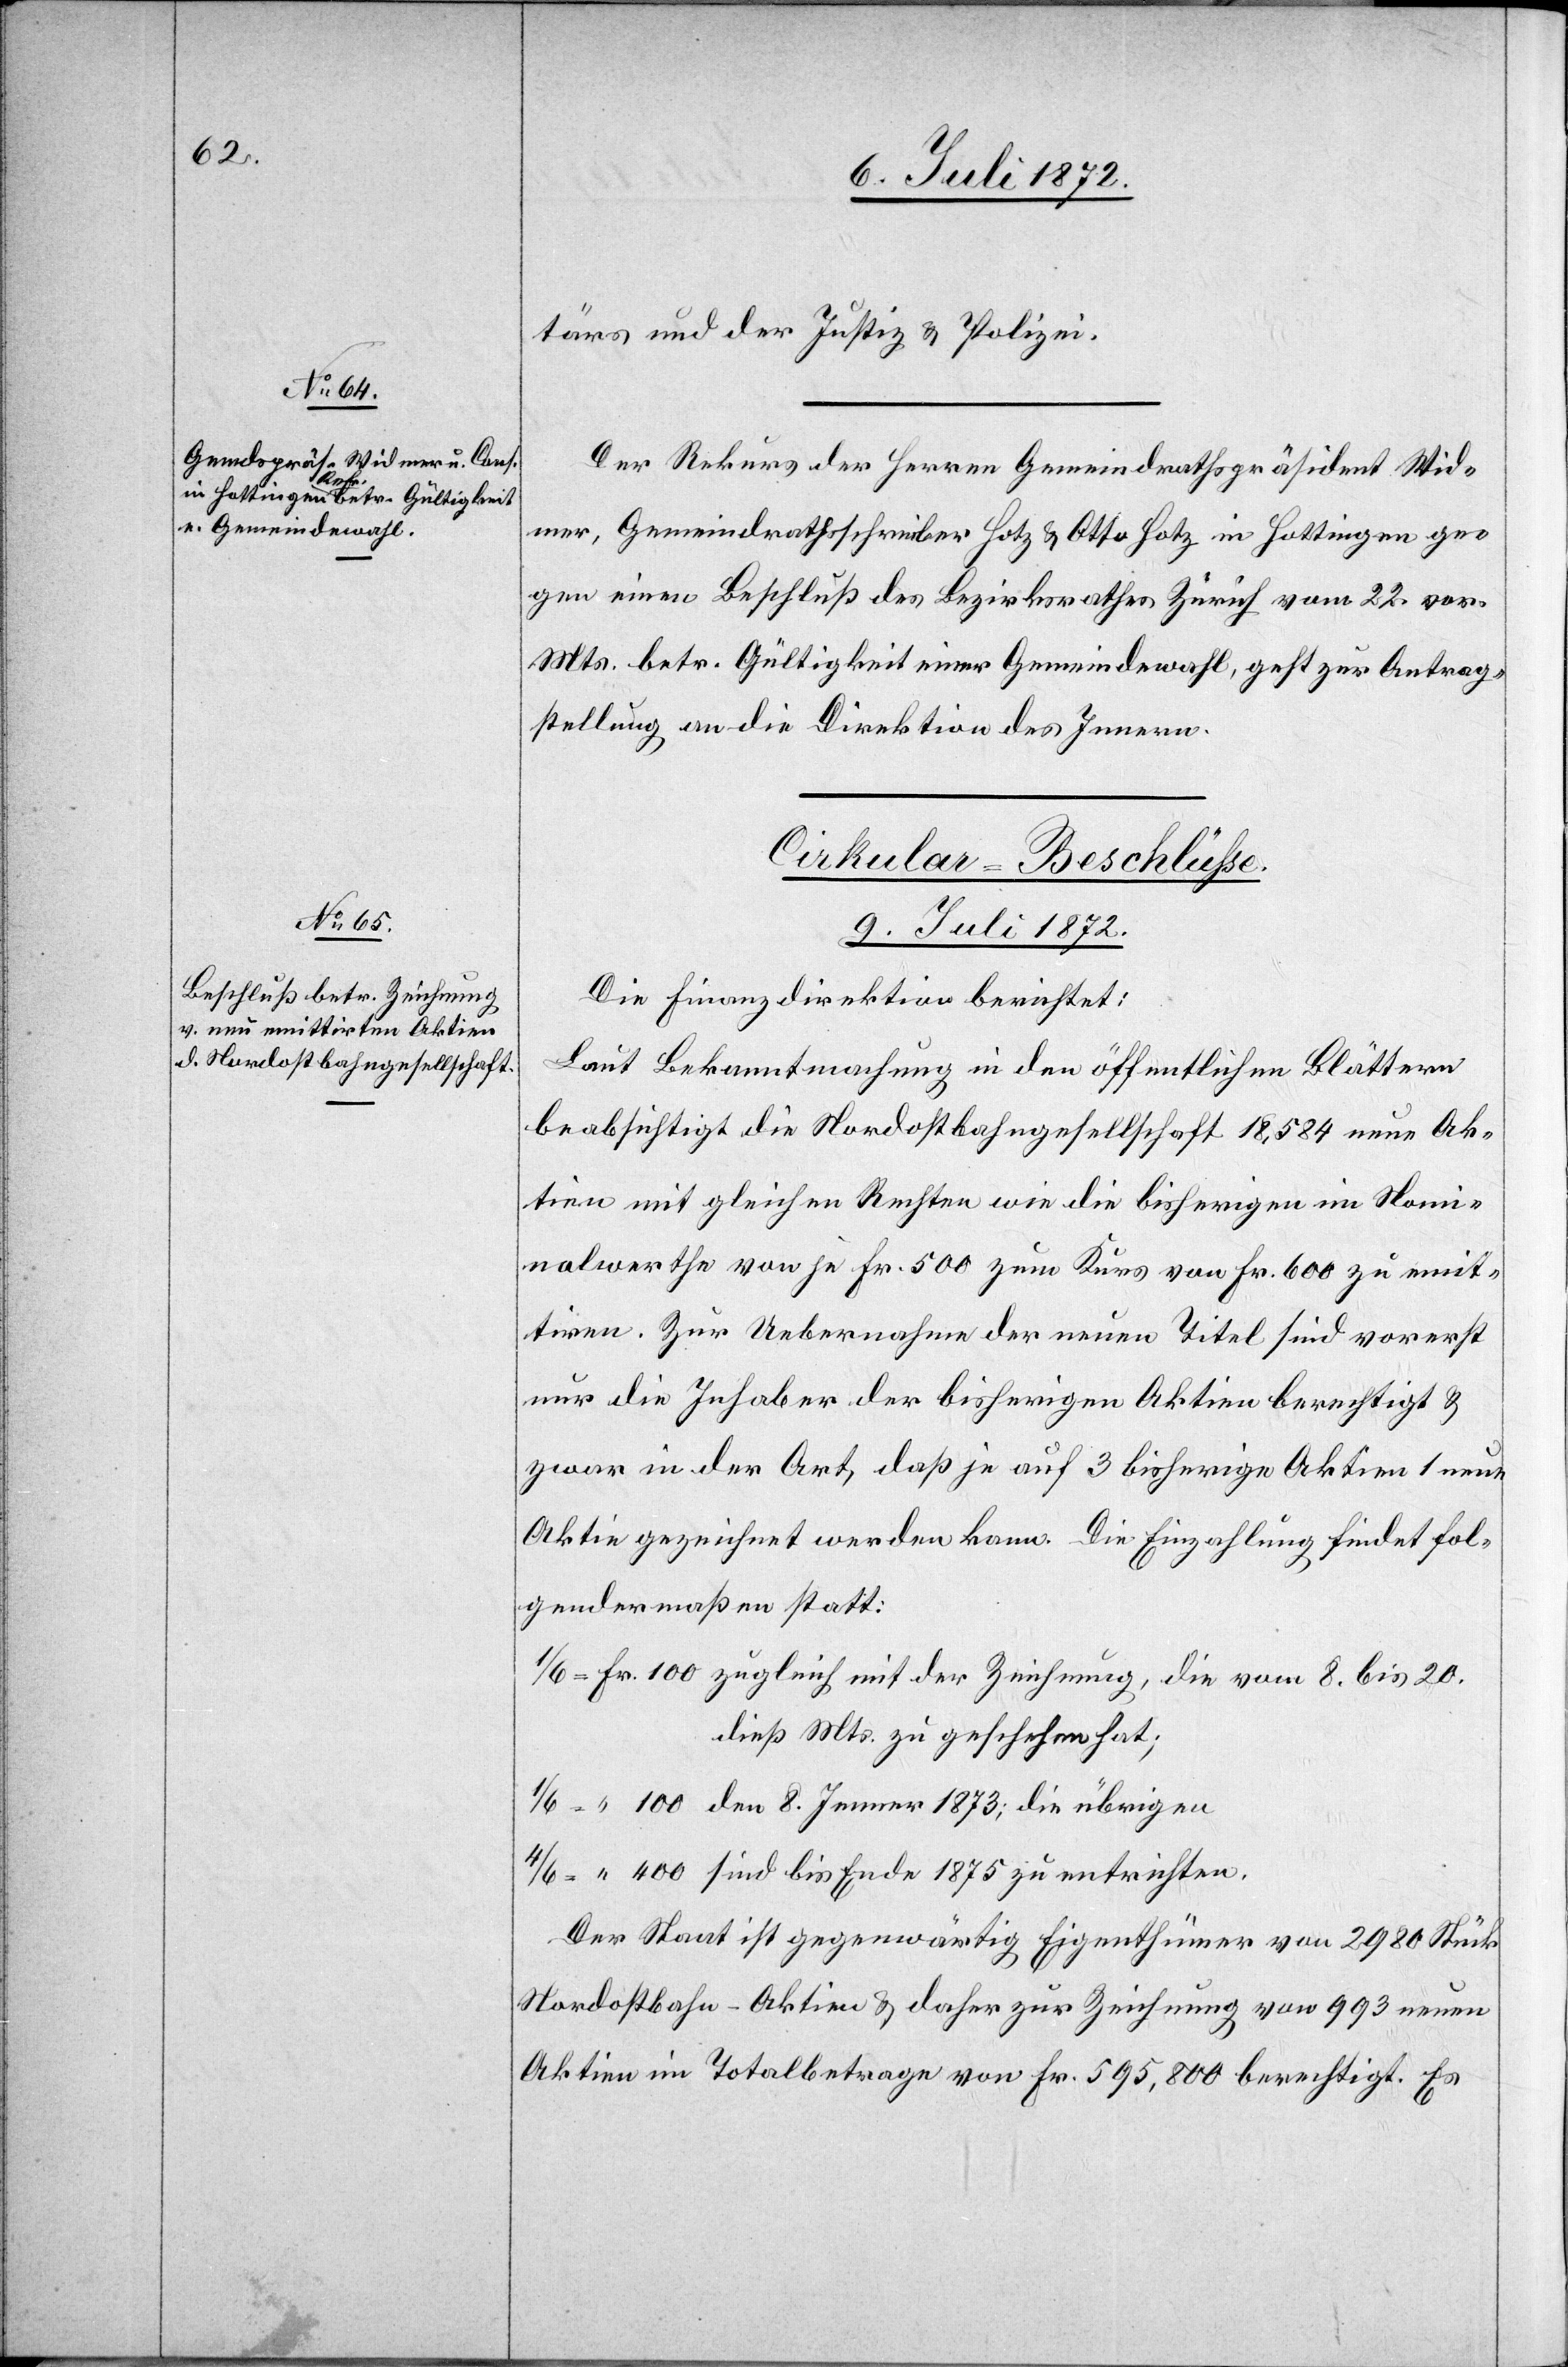
bis

8. Jenner 1873;
tärs und der Justiz u. Polizei.
Der Rekurs der Herren Gemeindrathspräsident Wid¬
mer, Gemeindrathsschreiber Hotz u. Otto Hotz in Hottingen ge¬
gen einen Beschluß des Bezirksrathes Zürich vom 22. vor.
Mts. betr. Gültigkeit einer Gemeindwahl, geht zur Antrag¬
stellung an die Direktion des Innern.
Cirkular-Beschlüsse.
9. Juli 1872.
Die Finanzdirektion berichtet:
Laut Bekanntmachung in den öffentlichen Blättern
beabsichtigt die Nordostbahngesellschaft 18,584 neue Ak¬
tien mit gleichen Rechten wie die bisherigen im Nomi¬
nalwerthe von je Fr. 500 zum Kurs von Fr. 600 zu emit¬
tiren. Zur Uebernahme der neuen Titel sind vorerst
nur die Inhaber der bisherigen Aktien berechtigt u.
zwar in der Art, daß je auf 3 bisherige Aktien 1 neue
Aktie gezeichnet werden kann. Die Einzahlung findet fol¬
gendermaßen statt:
die vom 8. bis 20.
dieß Mts. zu geschehen hat;
Der Staat ist gegenwärtig Eigenthümer von 2980 Stück
Nordostbahn-Aktien u. daher zur Zeichnung von 993 neuen
Aktien im Totalbetrage von Fr. 595,800 berechtigt. Es